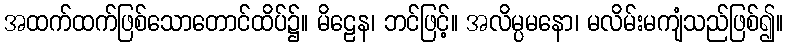
အထက်ထက်ဖြစ်သောတောင်ထိပ်၌။ မိဠေန၊ ဘင်ဖြင့်။ အလိမ္ပမနော၊ မလိမ်းမကျံသည်ဖြစ်၍။